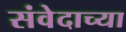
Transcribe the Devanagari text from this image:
संवेदाच्या